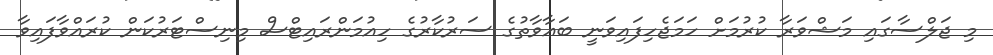
މި ޖަލްސާގައި މަޝްވަރާ ކުރުމަށް ހަމަޖެހިފައިވަނީ ބަޢާވާތުގެ ސަރުކާރުގެ ހިއުމަންރައިޓްސް މިނިސްޓަރުކަން ކުރައްވާފައިވާ